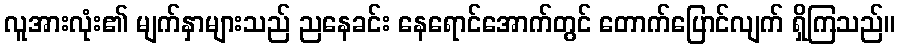
လူအားလုံး၏ မျက်နှာများသည် ညနေခင်း နေရောင်အောက်တွင် တောက်ပြောင်လျက် ရှိကြသည်။